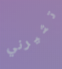
تثيرني